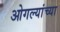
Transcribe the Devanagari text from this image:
ओगल्यांच्या